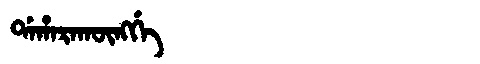
Manchu: ᡩᠠᡥᠠᡵᠠᡴᡡᠩᡤᡝ
Romanization: DAHARAKŪNGGE